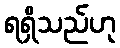
ရရှိသည်ဟု